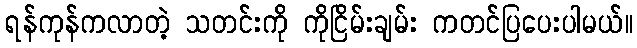
ရန်ကုန်ကလာတဲ့ သတင်းကို ကိုငြိမ်းချမ်း ကတင်ပြပေးပါမယ်။